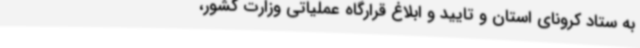
به ستاد کرونای استان و تایید و ابلاغ قرارگاه عملیاتی وزارت کشور،